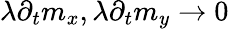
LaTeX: \lambda\partial_{t}m_{x},\lambda\partial_{t}m_{y}\to 0